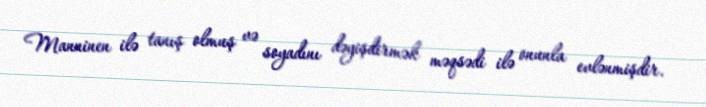
Manninen ilə tanış olmuş və soyadını dəyişdirmək məqsədi ilə onunla evlənmişdir.